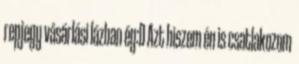
repjegy vásárlási lázban ég:D Azt hiszem én is csatlakozom